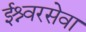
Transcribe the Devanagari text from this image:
ईश्र्वरसेवा